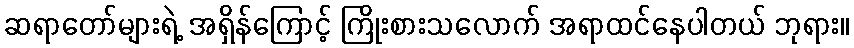
ဆရာတော်များရဲ့ အရှိန်ကြောင့် ကြိုးစားသလောက် အရာထင်နေပါတယ် ဘုရား။